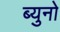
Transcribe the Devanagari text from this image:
ब्युनो